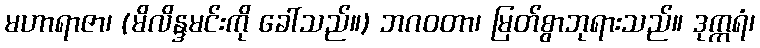
မဟာရာဇာ၊ (မိလိန္ဒမင်းကို ခေါ်သည်။) ဘဂဝတာ၊ မြတ်စွာဘုရားသည်။ ဒုက္ကရံ၊